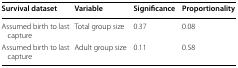
| Survival dataset | Variable | Significance | Proportionality |
 | --- | --- | --- | --- |
 | Assumed birth to last capture | Total group size | 0.37 | 0.08 |
 | Assumed birth to last capture | Adult group size | 0.11 | 0.58 |